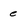
Character: e